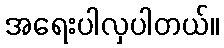
အရေးပါလှပါတယ်။